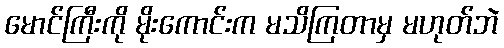
မောင်ကြီးကို မိုးကောင်းက မသိကြတာမှ မဟုတ်ဘဲ